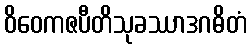
ဝိဝေကဇပီတိသုခဿာဒဂဓိတံ